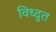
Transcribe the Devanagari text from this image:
विध्दुत